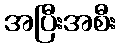
အပြီးအစီး